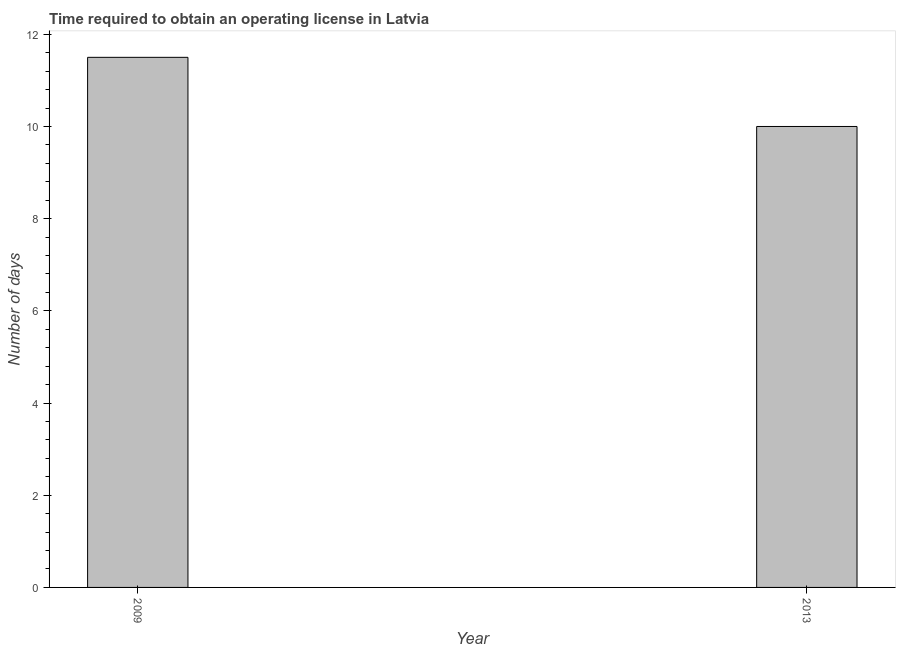
| Year | Obtain operating license |
 | --- | --- |
 | 2009 | 11.5 |
 | 2013 | 10 |